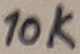
Text: 10K